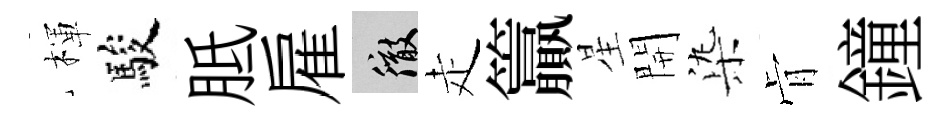
楎駿胝雇徹走籯星開𣑱肻鐘